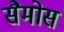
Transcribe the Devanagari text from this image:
सैमोस